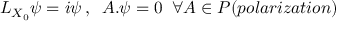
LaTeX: L _ { X _ { 0 } } \psi = i \psi \, , \; \; A . \psi = 0 \; \; \forall A \in { \cal P } ( p o l a r i z a t i o n )